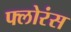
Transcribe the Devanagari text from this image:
फ्लोरंस